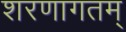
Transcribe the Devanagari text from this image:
शरणागतम्‌